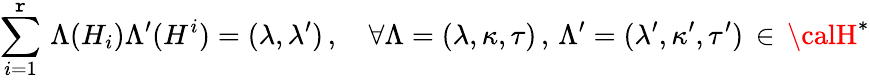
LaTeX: \sum_{i=1}^{\mathtt{r}}\, \Lambda(H_{i})\Lambda^{\prime}(H^{i})=(\lambda,\lambda^{\prime})\, ,~~~~\forall\Lambda=(\lambda,\kappa,\tau)\, ,\, \Lambda^{\prime}=(\lambda^{\prime},\kappa^{\prime},\tau^{\prime})\, \in\, {\calH}^{*}